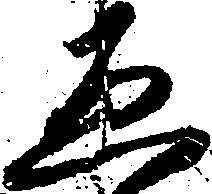
ゑ